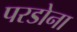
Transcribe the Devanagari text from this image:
परडोना